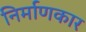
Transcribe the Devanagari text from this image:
निर्माणकार